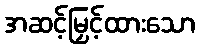
အဆင့်မြှင့်ထားသော